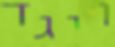
ויגד